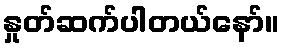
နှုတ်ဆက်ပါတယ်နော်။